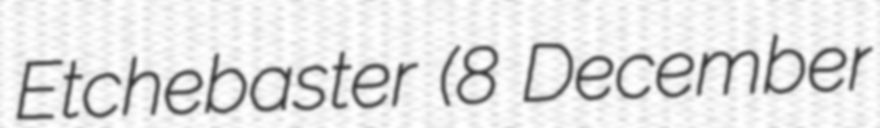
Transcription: Etchebaster (8 December